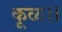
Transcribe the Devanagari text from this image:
कूळ।।